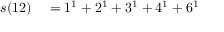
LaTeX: \begin{array} { r l } { s ( 1 2 ) } & { { } = 1 ^ { 1 } + 2 ^ { 1 } + 3 ^ { 1 } + 4 ^ { 1 } + 6 ^ { 1 } } \end{array}